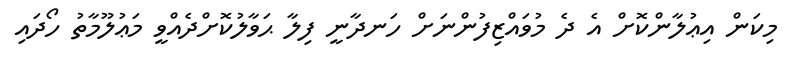
މިކަން އިޢުލާންކޮށް އެ ދެ މުވައްޒިފުންނަށް ހަނދާނީ ފިލާ ޙަވާލުކޮށްދެއްވީ މަޢުލޫމާތު ހޯދައި